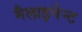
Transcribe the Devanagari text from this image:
मैलाइनेन्ट